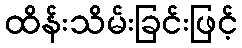
ထိန်းသိမ်းခြင်းဖြင့်